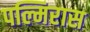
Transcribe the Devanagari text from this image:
पल्मिरास